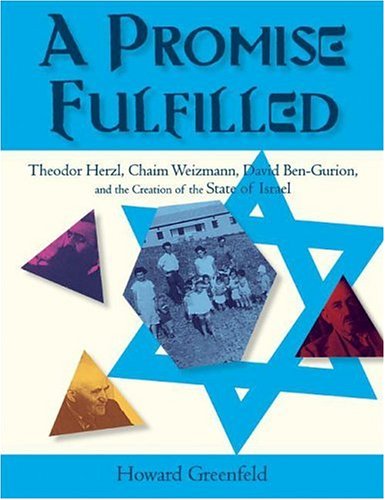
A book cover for A Promise Fulfilled: Theodor Herzl, Chaim Weitzmann, David Ben-Gurion, and the Creation of the State of Israel; Howard Greenfeld; Teen & Young Adult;